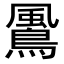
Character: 𩘵